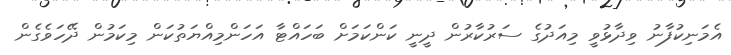
އެމަނިކުފާނު ވިދާޅުވީ މިއަދުގެ ސަރުުކާރުން ދީނީ ކަންކަމަށް ބަހައްޓާ އަހަންމިއްޔަތުކަން މިކަމުން ދޭހަވެގެން